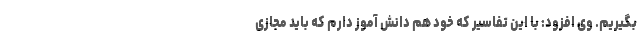
بگیریم. وی افزود: با این تفاسیر که خود هم دانش آموز دارم که باید مجازی